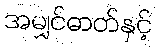
အမျှင်ဓာတ်နှင့်